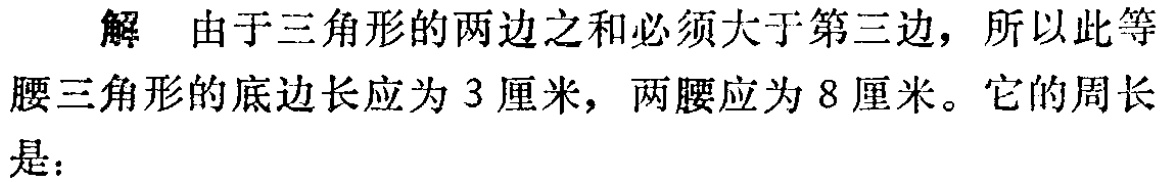
解 由于三角形的两边之和必须大于第三边，所以此等腰三角形的底边长应为 3 厘米，两腰应为 8 厘米。它的周长是：